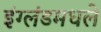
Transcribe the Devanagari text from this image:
इंग्लंडमधले